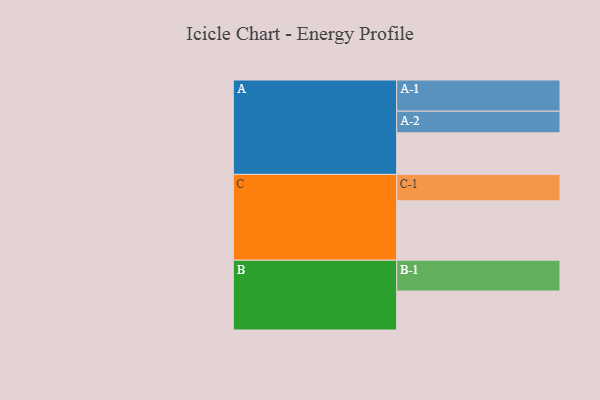
{"axis": {"x": "Segment", "y": "Value"}, "legend": ["", "A", "B", "C"], "data": [{"x": "A", "y": 355, "type": ""}, {"x": "B", "y": 332, "type": ""}, {"x": "C", "y": 507, "type": ""}, {"x": "A-1", "y": 266, "type": "A"}, {"x": "A-2", "y": 184, "type": "A"}, {"x": "B-1", "y": 263, "type": "B"}, {"x": "C-1", "y": 225, "type": "C"}]}